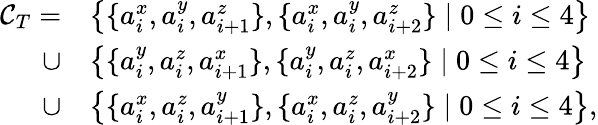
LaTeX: \begin{array}{rl}{\mathcal{C}_{T}=}&{\left\{ \{ a_{i}^{x},a_{i}^{y},a_{i+1}^{z}\} ,\{ a_{i}^{x},a_{i}^{y},a_{i+2}^{z}\} \mid 0\leq i\leq 4\right\} }\\ {\cup}&{\left\{ \{ a_{i}^{y},a_{i}^{z},a_{i+1}^{x}\} ,\{ a_{i}^{y},a_{i}^{z},a_{i+2}^{x}\} \mid 0\leq i\leq 4\right\} }\\ {\cup}&{\left\{ \{ a_{i}^{x},a_{i}^{z},a_{i+1}^{y}\} ,\{ a_{i}^{x},a_{i}^{z},a_{i+2}^{y}\} \mid 0\leq i\leq 4\right\} ,}\end{array}